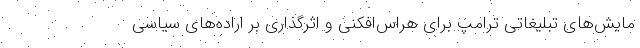
مایش‌های تبلیغاتی ترامپ برای هراس‌افکنی و اثرگذاری بر اراده‌های سیاسی